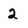
Character: 2